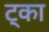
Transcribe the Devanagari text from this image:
ट्का